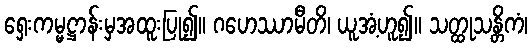
ရှေးကမ္မဋ္ဌာန်းမှအထူးပြု၍။ ဂဟေဿာမီတိ၊ ယူအံ့ဟူ၍။ သတ္ထုသန္တိကံ၊